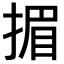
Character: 𢰲